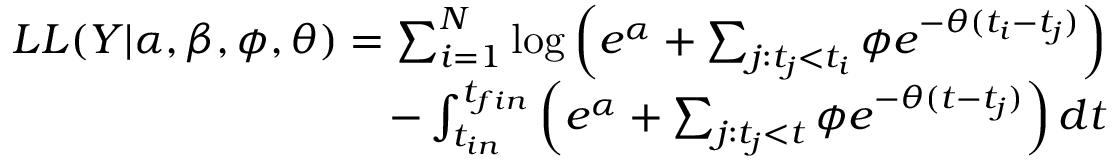
\begin{array} { r } { L L ( Y | \alpha , \beta , \phi , \theta ) = \sum _ { i = 1 } ^ { N } \log \left( e ^ { \alpha } + \sum _ { j : t _ { j } < t _ { i } } \phi e ^ { - \theta ( t _ { i } - t _ { j } ) } \right) } \\ { - \int _ { t _ { i n } } ^ { t _ { f i n } } \left( e ^ { \alpha } + \sum _ { j : t _ { j } < t } \phi e ^ { - \theta ( t - t _ { j } ) } \right) d t } \end{array}